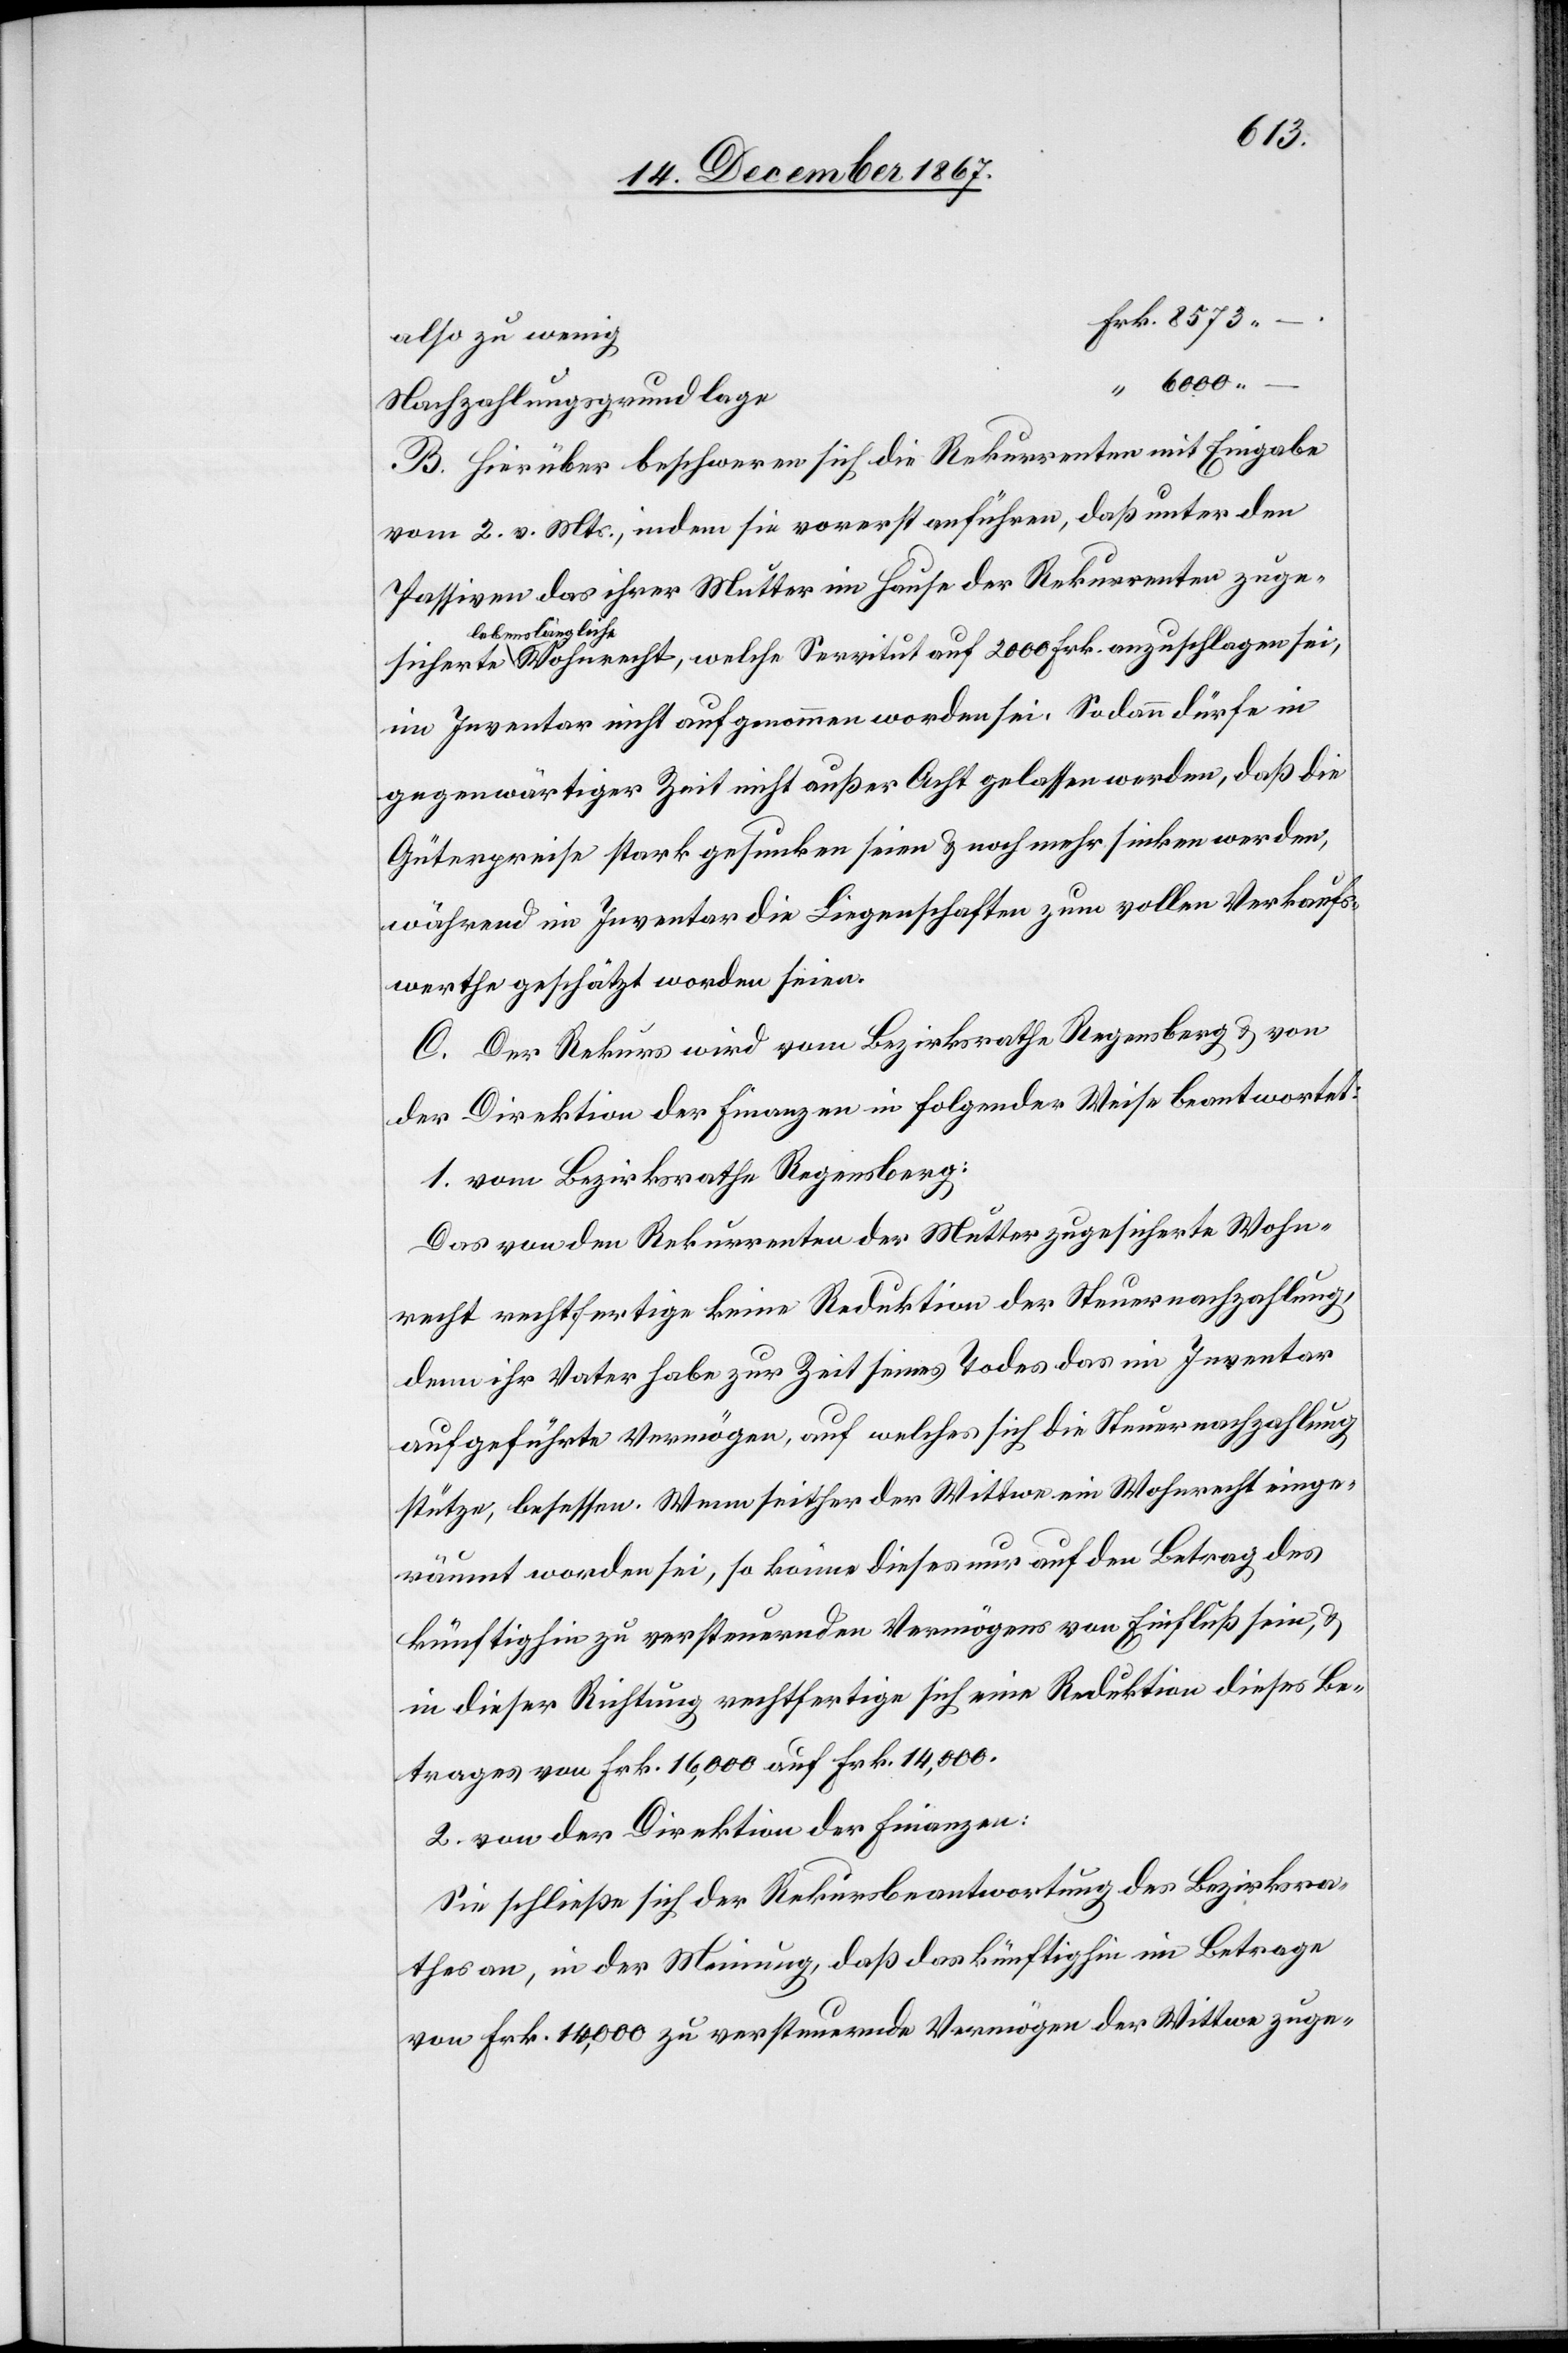
sicherte
also zu wenig
Nachzahlungsgrundlage
B. Hierüber beschweren sich die Rekurrenten mit Eingabe
vom 2. v. Mts., indem sie vorerst anführen, daß unter den
Passiven das ihrer Mutter im Hause der Rekurrenten zuge¬
lebenslängliche
im Inventar nicht aufgenommen worden sei. Sodann dürfe in
gegenwärtiger Zeit nicht außer Acht gelassen werden, daß die
Güterpreise stark gesunken seien u. noch mehr sinken werden,
während im Inventar die Liegenschaften zum vollen Verkaufs¬
werthe geschätzt worden seien.
C. Der Rekurs wird vom Bezirksrathe Regensberg u. von
der Direktion der Finanzen in folgender Weise beantwortet:
1. vom Bezirksrathe Regensberg:
Das von den Rekurrenten der Mutter zugesicherte Wohn¬
recht rechtfertige keine Reduktion der Steuernachzahlung,
denn ihr Vater habe zur Zeit seines Todes das im Inventar
aufgeführte Vermögen, auf welches sich die Steuernachzahlung
stütze, besessen. Wenn seither der Wittwe ein Wohnrecht einge¬
räumt worden sei, so könne dieses nur auf den Betrag des
künftighin zu versteuernden Vermögens von Einfluß sein, u.
in dieser Richtung rechtfertige sich eine Reduktion dieses Be¬
trages von Frk. 16 000 auf Frk. 14 000.
2. von der Direktion der Finanzen:
Sie schließe sich der Rekursbeantwortung des Bezirksra¬
thes an, in der Meinung, daß das künftighin im Betrage
von Frk. 14 000 zu versteuernde Vermögen der Wittwe zuge-